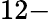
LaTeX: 12-